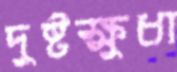
দুষ্টক্ষুধা